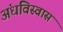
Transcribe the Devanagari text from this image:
अंधविस्वास